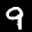
Label: 9